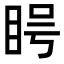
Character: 𪾨